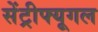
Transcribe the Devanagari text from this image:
सेंट्रीफ्यूगल